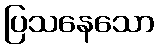
ပြသနေသော